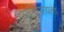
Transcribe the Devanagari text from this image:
आधिपत्यता